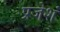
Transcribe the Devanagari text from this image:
प्रजेशं